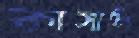
কাসালি